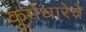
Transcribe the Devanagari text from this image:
कूर्मधारेचे